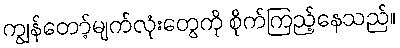
ကျွန်တော့်မျက်လုံးတွေကို စိုက်ကြည့်နေသည်။